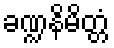
ခဏ္ဍနိမိတ္တံ